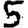
Digit: 5